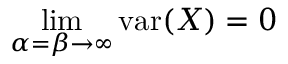
\operatorname* { l i m } _ { \alpha = \beta \to \infty } \operatorname { v a r } ( X ) = 0